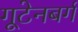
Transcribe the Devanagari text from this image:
गूटेनबर्ग